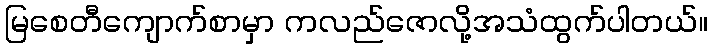
မြစေတီကျောက်စာမှာ ကလည်ဇောလို့အသံထွက်ပါတယ်။